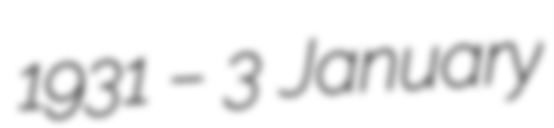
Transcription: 1931 – 3 January